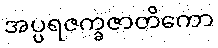
အပ္ပရဇက္ခဇာတိကော